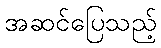
အဆင်ပြေသည့်